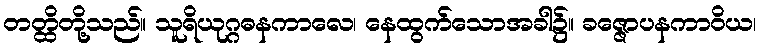
တတ္ထိတို့သည်။ သူရိယုဂ္ဂဓနကာလေ၊ နေထွက်သောအခါ၌။ ခဇ္ဇောပနကာဝိယ၊